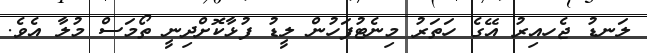
ލަނޑު ޖެހއިިރު އޭގެ ހަތަރު މިނެޓުފަހުން ލީޑު ފުޅާކޮށްދިނީ ތޯމަސް މުލާ އެވެ.